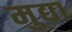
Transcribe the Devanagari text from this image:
मुद्या